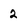
Character: 2